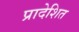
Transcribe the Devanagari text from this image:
प्रादेशित